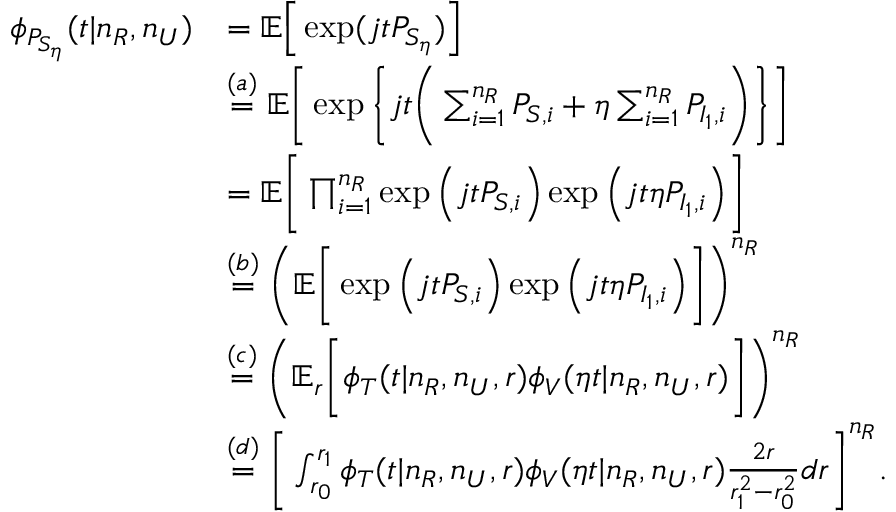
\begin{array} { r l } { \phi _ { P _ { S _ { \eta } } } ( t | n _ { R } , n _ { U } ) } & { = \mathbb { E } \Big [ \exp ( j t P _ { S _ { \eta } } ) \Big ] } \\ & { \stackrel { ( a ) } { = } \mathbb { E } \Bigg [ \exp \bigg \{ j t \bigg ( \sum _ { i = 1 } ^ { n _ { R } } P _ { S , i } + \eta \sum _ { i = 1 } ^ { n _ { R } } P _ { I _ { 1 } , i } \bigg ) \bigg \} \Bigg ] } \\ & { = \mathbb { E } \Bigg [ \prod _ { i = 1 } ^ { n _ { R } } \exp \Big ( j t P _ { S , i } \Big ) \exp \Big ( j t \eta P _ { I _ { 1 } , i } \Big ) \Bigg ] } \\ & { \stackrel { ( b ) } { = } \Bigg ( \mathbb { E } \bigg [ \exp \Big ( j t P _ { S , i } \Big ) \exp \Big ( j t \eta P _ { I _ { 1 } , i } \Big ) \bigg ] \Bigg ) ^ { n _ { R } } } \\ & { \stackrel { ( c ) } { = } \Bigg ( \mathbb { E } _ { r } \bigg [ \phi _ { T } ( t | n _ { R } , n _ { U } , r ) \phi _ { V } ( \eta t | n _ { R } , n _ { U } , r ) \bigg ] \Bigg ) ^ { n _ { R } } } \\ & { \stackrel { ( d ) } { = } \Bigg [ \int _ { r _ { 0 } } ^ { r _ { 1 } } \phi _ { T } ( t | n _ { R } , n _ { U } , r ) \phi _ { V } ( \eta t | n _ { R } , n _ { U } , r ) \frac { 2 r } { r _ { 1 } ^ { 2 } - r _ { 0 } ^ { 2 } } d r \Bigg ] ^ { n _ { R } } . } \end{array}